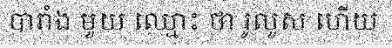
បារាំង មួយ ឈ្មោះ ថា រូលួស ហើយ